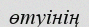
өтуінің